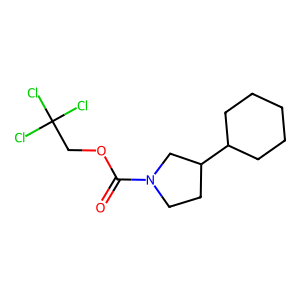
SMILES: O=C(OCC(Cl)(Cl)Cl)N1CCC(C2CCCCC2)C1
Inhibits HIV replication: No